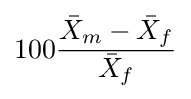
100{\frac {{\bar {X}}_{m}-{\bar {X}}_{f}}{{\bar {X}}_{f}}}